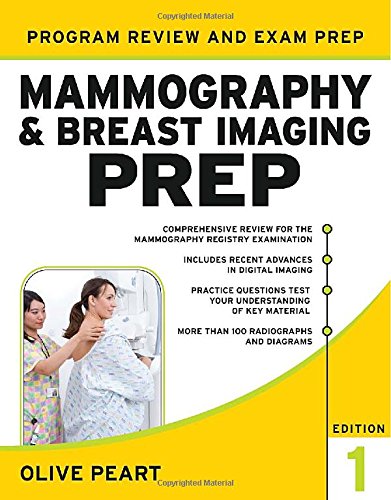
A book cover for Mammography and Breast Imaging PREP: Program Review and Exam Prep; Olive Peart; Medical Books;